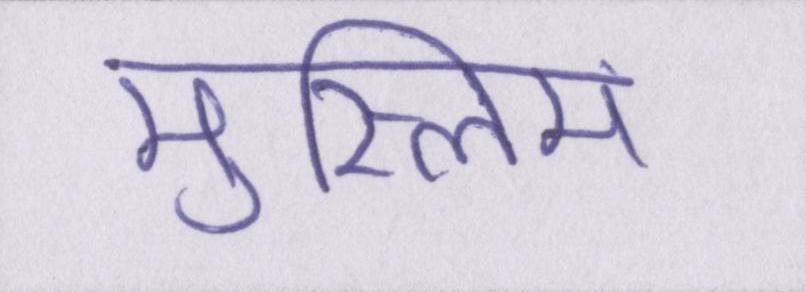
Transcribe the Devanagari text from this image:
मुस्लिम